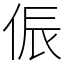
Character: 侲